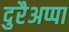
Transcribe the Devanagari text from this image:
दुरैअप्पा